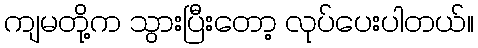
ကျမတို့က သွားပြီးတော့ လုပ်ပေးပါတယ်။